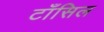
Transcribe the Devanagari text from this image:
टाँसिल